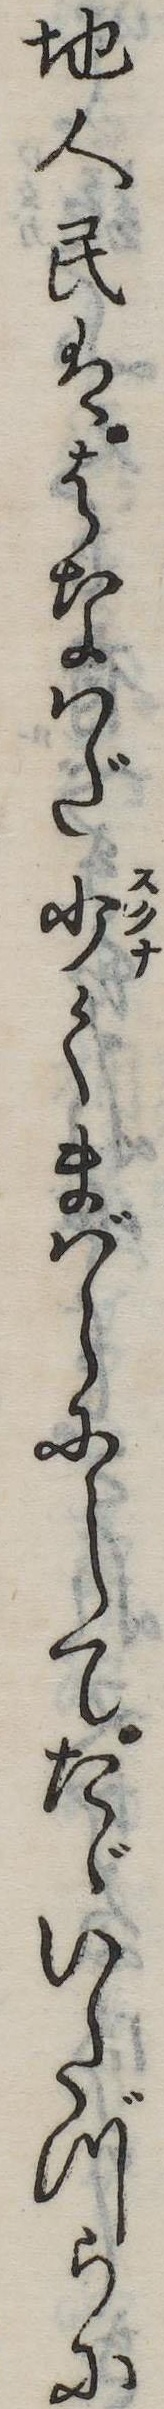
地人民ははなはだ少くまばらにしてたゞいたづらに